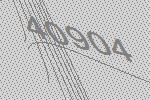
40904